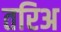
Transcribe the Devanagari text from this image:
तरिअ